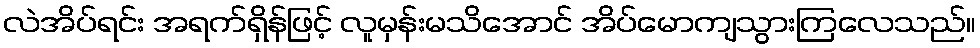
လဲအိပ်ရင်း အရက်ရှိန်ဖြင့် လူမှန်းမသိအောင် အိပ်မောကျသွားကြလေသည်။